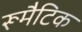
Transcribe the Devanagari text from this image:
रूमैटिक